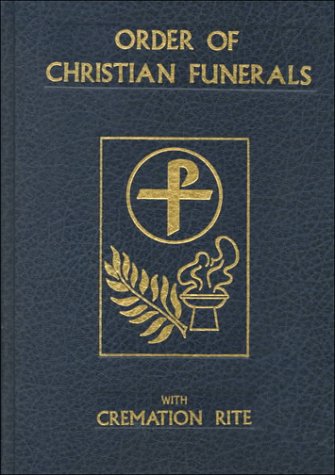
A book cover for Order of Christian Funerals With Cremation Rite; Catholic Book Publishing Co; Religion & Spirituality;